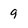
Character: 9